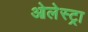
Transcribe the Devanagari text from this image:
ओलेस्ट्रा